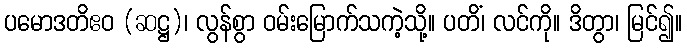
ပမောဒတိဧဝ (ဆဋ္ဌ)၊ လွန်စွာ ဝမ်းမြောက်သကဲ့သို့။ ပတိံ၊ လင်ကို။ ဒိတွာ၊ မြင်၍။